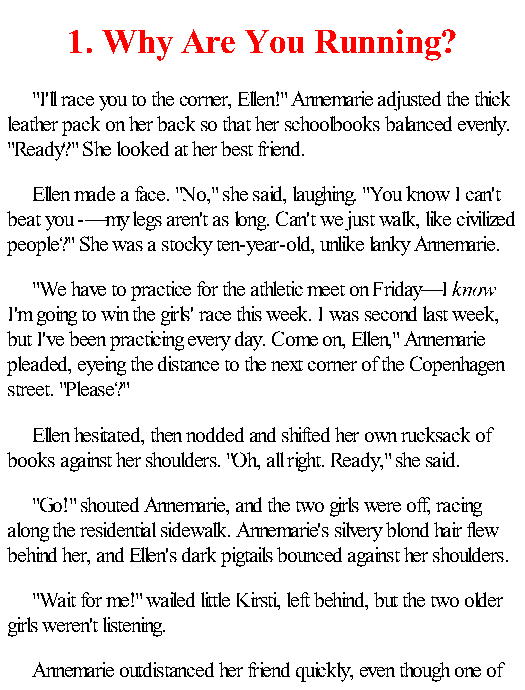
1. Why  Are You  Running?
 "I'll race you to the corner, Ellen!" Annemarie adjusted the thick
 leather pack on her back so that her schoolbooks balanced evenly.
 "Ready?" She looked at her best friend.
 Ellen made a face. "No," she said, laughing. "You know I can't
 beat you -—my legs aren't as long. Can't we just walk, like civilized
 people?" She was a stocky ten-year-old, unlike lanky Annemarie.
 "We have to practice for the athletic meet on Friday—I know
 I'm going to win the girls' race this week. I was second last week,
 but I've been practicing every day. Come on, Ellen," Annemarie
 pleaded, eyeing the distance to the next corner of the Copenhagen
 street. "Please?"
 Ellen hesitated, then nodded and shifted her own rucksack of
 books against her shoulders. "Oh, all right. Ready," she said.
 "Go!" shouted Annemarie, and the two girls were off, racing
 along the residential sidewalk. Annemarie's silvery blond hair flew
 behind her, and Ellen's dark pigtails bounced against her shoulders.
 "Wait for me!" wailed little Kirsti, left behind, but the two older
 girls weren't listening.
 Annemarie outdistanced her friend quickly, even though one of